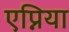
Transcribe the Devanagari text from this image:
एप्निया